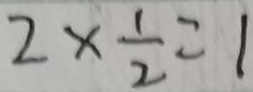
2 \times \frac { 1 } { 2 } = 1